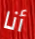
أنا